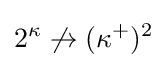
\displaystyle 2^{\kappa }\not \rightarrow (\kappa ^{+})^{2}